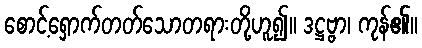
စောင့်ရှောက်တတ်သောတရားတို့ဟူ၍။ ဒဋ္ဌဗ္ဗာ၊ ကုန်၏။